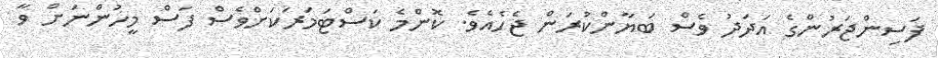
ފަސިންޖަރުންގެ އަދަދު ވެސް ބަޔާންކުރަން ޖެހެއެވެ. ކޮންމެ ކަސްޓަމަރަކަށްވެސް ފަސް މީހުންނަށް ވާ